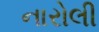
નારોલી